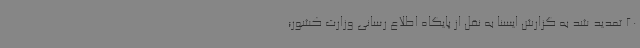
20 تمدید شد به گزارش ایسنا به نقل از پایگاه اطلاع رسانی وزارت کشور؛